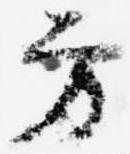
方